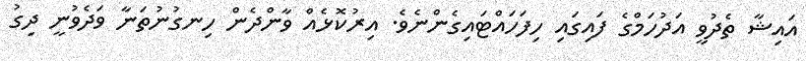
އައިޝާ ތެދުވީ އަދުހަމްގެ ފައިގައި ހިފަހައްޓައިގެންނެވެ. އިރުކޮޅެއް ވާންދެން ހިނގުނުތަނާ ވަދެވުނީ ދިގު